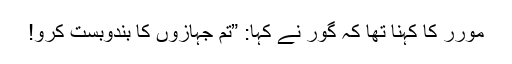
مورر کا کہنا تھا کہ گور نے کہا: ”تم جہازوں کا بندوبست کرو!